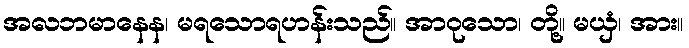
အလဘမာနေန၊ မရသောရဟန်းသည်။ အာဝုသော၊ တို့။ မယှံ၊ အား။